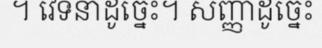
។ វេទនាដូច្នេះ។ សញ្ញាដូច្នេះ